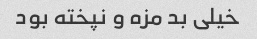
خیلی بد مزه و نپخته بود